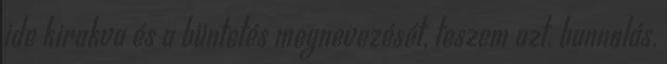
ide kirakva és a büntetés megnevezését, teszem azt, bannolás,